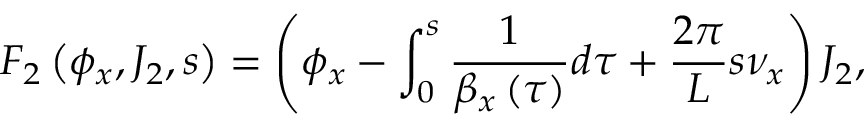
F _ { 2 } \left( \phi _ { x } , J _ { 2 } , s \right) = \left( \phi _ { x } - \int _ { 0 } ^ { s } { \frac { 1 } { \beta _ { x } \left( \tau \right) } d \tau } + \frac { 2 \pi } { L } s \nu _ { x } \right) J _ { 2 } ,